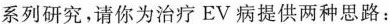
系列研究，请你为治疗EV病提供两种思路：